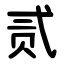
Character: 贰